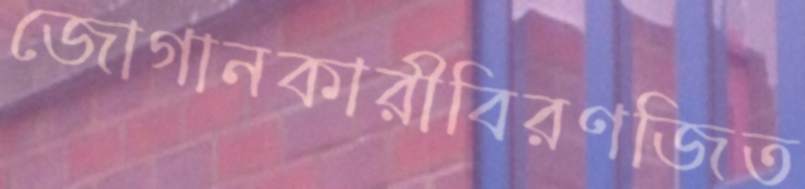
জোগানকারীবিরণজিত